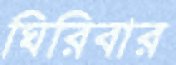
ঘিরিবার